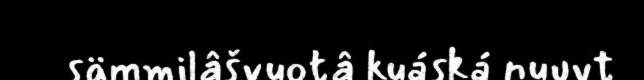
sämmilâšvuotâ kuáská nuuvt